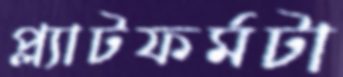
প্ল্যাটফর্মটা